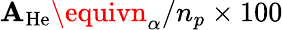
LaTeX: \mathbf{A}_{\mathrm{{He}}}\equivn_{\alpha}/n_{p}\times100